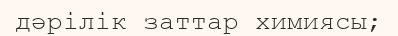
дәрілік заттар химиясы;